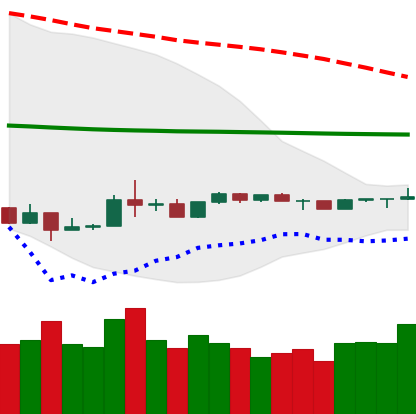
Ticker: LTC-USD
Chart end date: 2020-04-02
Forward return: 12.022%
Label: up_7plus